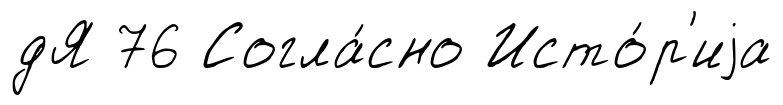
дЯ 76 Согла́сно Исто́р'иjа